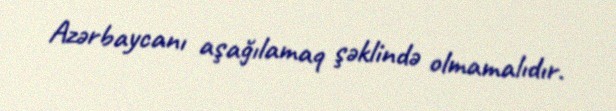
Azərbaycanı aşağılamaq şəklində olmamalıdır.